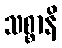
သစ္စာနိ